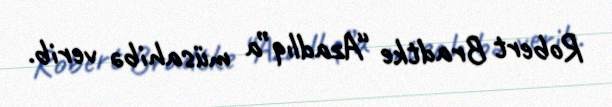
Robert Bradtke “Azadlıq”a müsahibə verib.